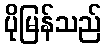
ပိုမြန်သည်